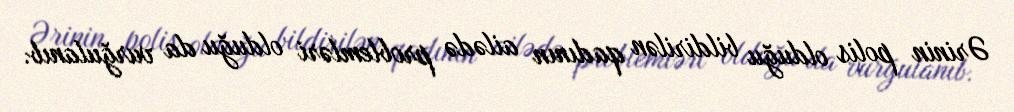
Ərinin polis olduğu bildirilən qadının ailədə problemləri olduğu da vurğulanıb.